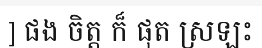
] ផង ចិត្ត ក៏ ផុត ស្រឡះ